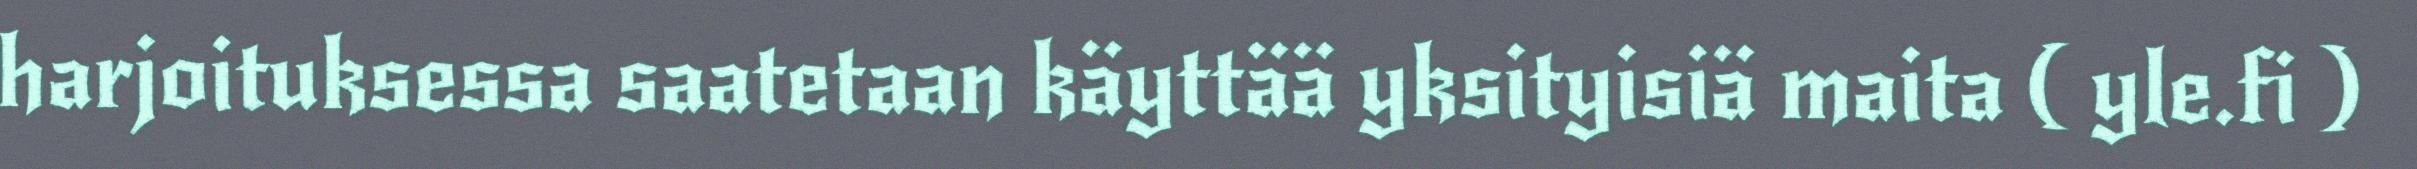
harjoituksessa saatetaan käyttää yksityisiä maita ( yle.fi )